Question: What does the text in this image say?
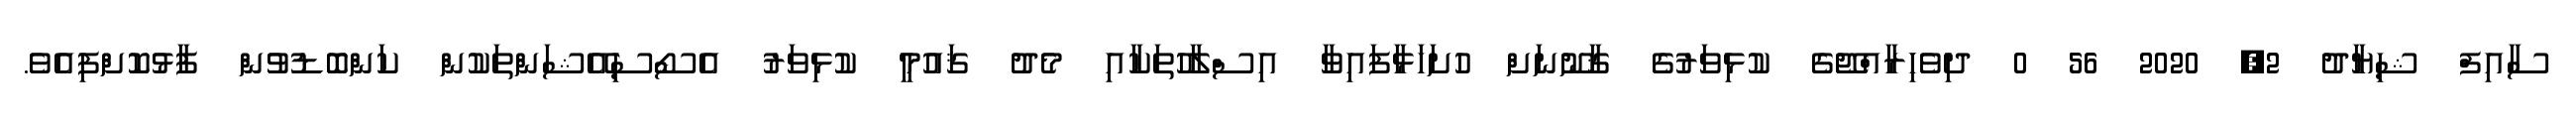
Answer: ސާއިފް ޝިޔާދު 2, 2020 56 0 ދިވެހިރާއްޖޭގެ ކުޅިވަރުގެ ޤާނޫނަށް ހުށަހަޅާފައިވާ އިސްލާހުތަކާއި މެދު ޤައުމީ ކުޅިވަރު އެސޯސިއޭޝަންތަކުން ކަންބޮޑުވުން ފާޅުކޮށްފިއެވެ.